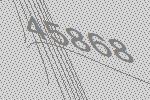
45868